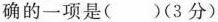
确的一项是（）（3分）